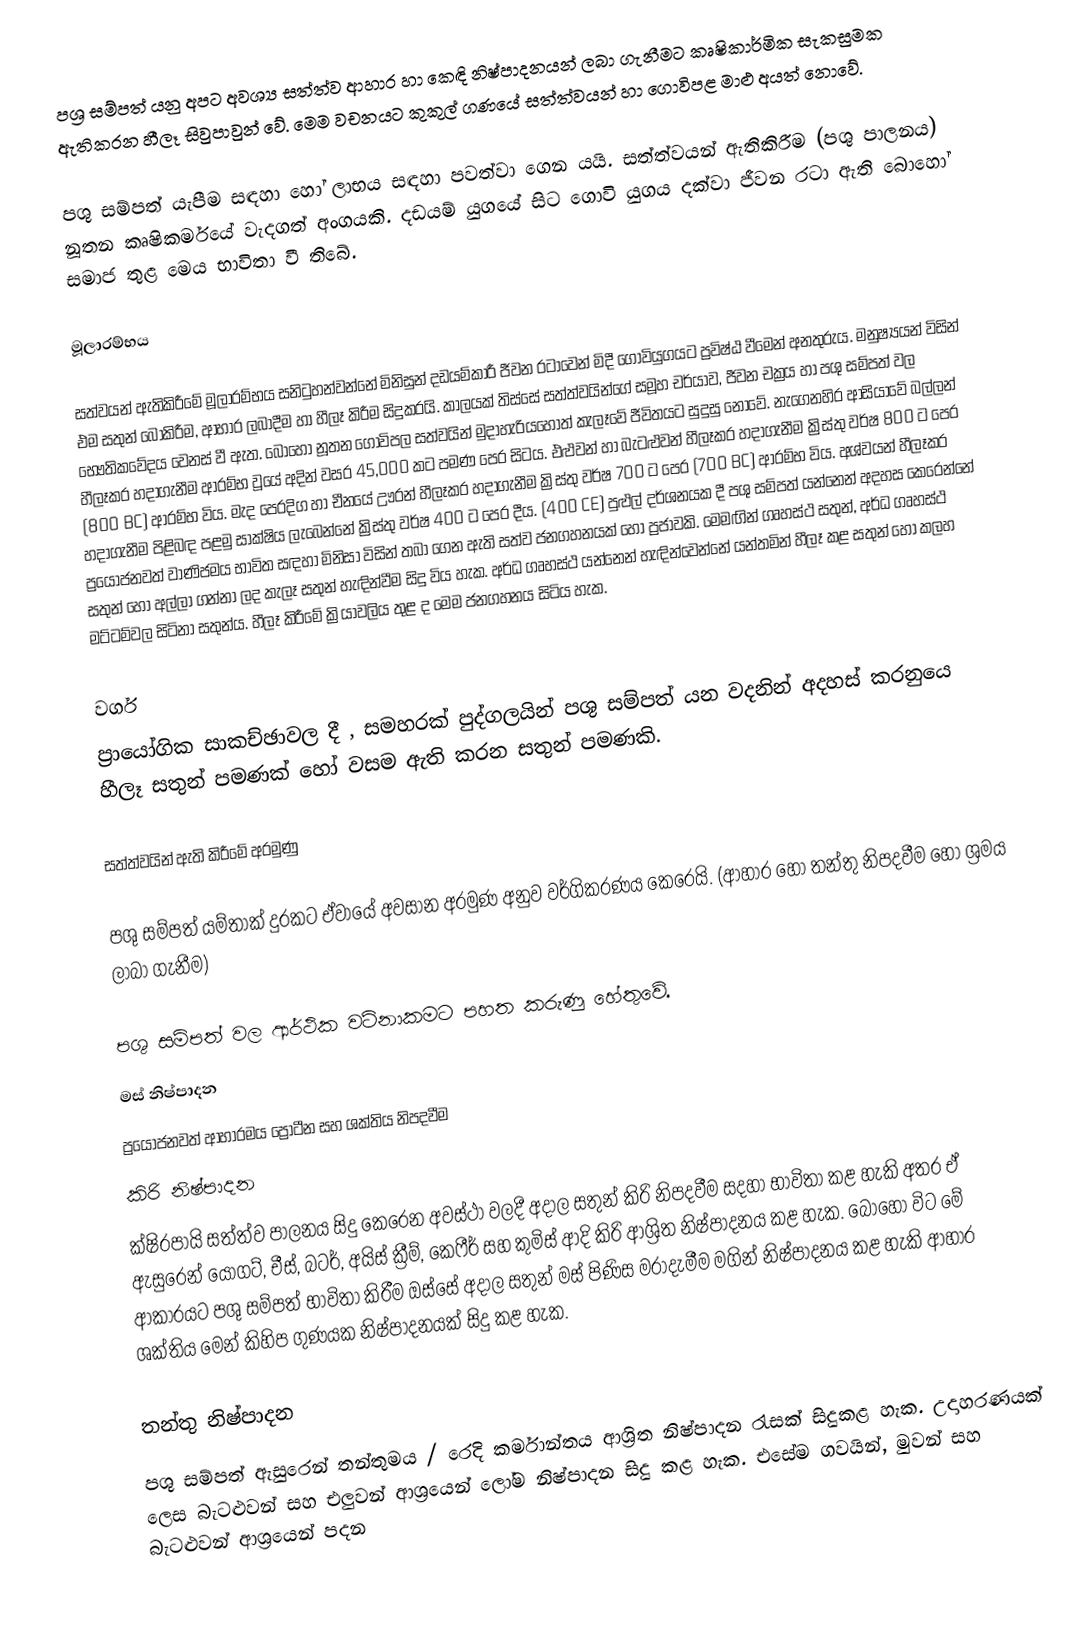
පශ්‍ර සම්පත් යනු අපට අවශ්‍ය සත්ත්ව ආහාර හා කෙඳි නිෂ්පාදනයන් ලබා ගැනීමට කෘෂිකාර්මික සැකසුමක ඇතිකරන හීලෑ සිවුපාවුන් වේ. මෙම වචනයට කුකුල් ගණයේ සත්ත්වයන් හා ගොවිපළ මාළු අයත් නොවේ.

පශු සම්පත් යැපීම සඳහා හෝ ලාභය සඳහා පවත්වා ගෙන යයි. සත්ත්වයන් ඇතිකිරීම (පශු පාලනය) නූතන කෘෂිකර්මයේ වැදගත් අංගයකි. දඩයම් යුගයේ සිට ගොවි යුගය දක්වා ජීවන රටා ඇති බොහෝ සමාජ තුළ මෙය භාවිතා වී තිබේ.

මූලාරම්භය

සත්වයන් ඇතිකිරීමේ මූලාරම්භය සනිටුහන්වන්නේ මිනිසුන් දඩයම්කාරී ජීවන රටාවෙන් මිදී ගොවියුගයට ප්‍රවිෂ්ඨ වීමෙන් අනතුරුය. මනුෂ්‍යයන් විසින් එම සතුන් බෝකිරීම, ආහාර ලබාදීම හා හීලෑ කිරීම සිදුකරයි. කාලයක් තිස්සේ සත්ත්වයින්ගේ සමූහ චර්යාව, ජීවන චක්‍රය හා පශු සම්පත් වල භෞතිකවේදය වෙනස් වී ඇත. බොහෝ නූතන ගොවිපල සත්වයින් මුදාහැරියහොත් කැලෑවේ ජීවිතයට සුදුසු නොවේ. ‍නැගෙනහිර ආසියාවේ බල්ලන් හීලෑකර හදාගැනීම ආරම්භ වූයේ අදින් වසර 45,000 කට පමණ පෙර සිටය. එළුවන් හා බැටළුවන් හීලෑකර හදාගැනීම ක්‍රිස්තු වර්ෂ 800 ට පෙර (800 BC) ආරම්භ විය. මැද පෙරදිග හා චීනයේ ඌරන් හීලෑකර හදාගැනීම ක්‍රිස්තු වර්ෂ 700 ට පෙර (700 BC) ආරම්භ විය. අශ්වයන් හීලෑකර හදාගැනීම පිළිබඳ පළමු සාක්ෂිය ලැබෙන්නේ ක්‍රිස්තු වර්ෂ 400 ට පෙර දීය. (400 CE) පුළුල් දර්ශනයක දී පශු සම්පත් යන්නෙන් අදහස කෙරෙන්නේ ප්‍රයෝජනවත් වාණිජමය භාවිත සඳහා මිනිසා විසින් තබා ගෙන ඇති සත්ව ජනගහනයක් හෝ ප්‍රජාවකි. මෙමඟින් ගෘහස්ථ සතුන්, අර්ධ ගෘහස්ථ සතුන් හෝ අල්ලා ගන්නා ලද කැලෑ සතුන් හැඳින්වීම සිදු විය හැක. අර්ධ ගෘහස්ථ යන්නෙන් හැඳින්වෙන්නේ යන්තමින් හීලෑ කළ සතුන් හෝ කලහ මට්ටම්වල සිටිනා සතුන්ය. හීලෑ කිරීමේ ක්‍රියාවලිය තුළ ද ‍මෙම ජනගහනය සිටිය හැක.

වර්ග
ප්‍රායෝගික සාකච්ඡාවල දී , සමහරක් පුද්ගලයින් පශු සම්පත් යන වදනින් අදහස් කරනුයෙ හීලෑ සතුන් පමණක් හෝ වසම ඇති කරන සතුන් පමණකි.

සත්ත්වයින් ඇති කිරීමේ අරමුණු

පශු සම්පත් යම්තාක් දුරකට ඒවායේ අවසාන අරමුණ අනුව වර්ගිකරණය කෙරෙයි. (ආහාර හෝ තන්තු නිපදවීම හෝ ශ්‍රමය ලාබා ගැනීම)

පශු සම්පත් වල ආර්ථික වටිනාකමට පහත කරුණු හේතුවේ.
මස් නිෂ්පාදන
	ප්‍රයෝජනවත් ආහාරමය ප්‍රෝටීන සහ ශක්තිය නිපදවීම
කිරි නිෂ්පාදන
	ක්ෂිරපායි සත්ත්ව පාලනය සිදු කෙරෙන අවස්ථා වලදී අදාල සතුන් කිරි නිපදවීම සදහා භාවිතා කළ හැකි අතර ඒ ඇසුරෙන් යෝගට්, චීස්, බටර්, අයිස් ක්‍රීම්, කෙෆීර් සහ කුමිස් ආදි කිරි ආශ්‍රිත නිෂ්පාදනය කළ හැක. බොහෝ විට මේ ආකාරයට පශු සම්පත් භාවිතා කිරීම ඔස්සේ අදාල සතුන් මස් පිණිස මරාදැමීම මගින් නිෂ්පාදනය කළ හැකි ආහාර ශක්තිය මෙන් කිහිප ගුණයක නිෂ්පාදනයක් සිදු කළ හැක.

තන්තු නිෂ්පාදන
	පශු සම්පත් ඇසුරෙන් තන්තුමය / රෙදි කර්මාන්තය ආශ්‍රිත නිෂ්පාදන රැසක් සිදුකළ හැක. උදාහරණයක් ලෙස බැටළුවන් සහ එලුවන් ආශ්‍රයෙන් ලෝම නිෂ්පාදන සිදු කළ හැක. එසේම ගවයින්, මුවන් සහ බැටළුවන් ආශ්‍රයෙන් පදන